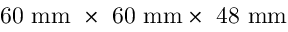
\mathrm { 6 0 ~ m m ~ \times ~ 6 0 ~ m m \times ~ 4 8 ~ m m }